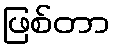
ဖြစ်တာ